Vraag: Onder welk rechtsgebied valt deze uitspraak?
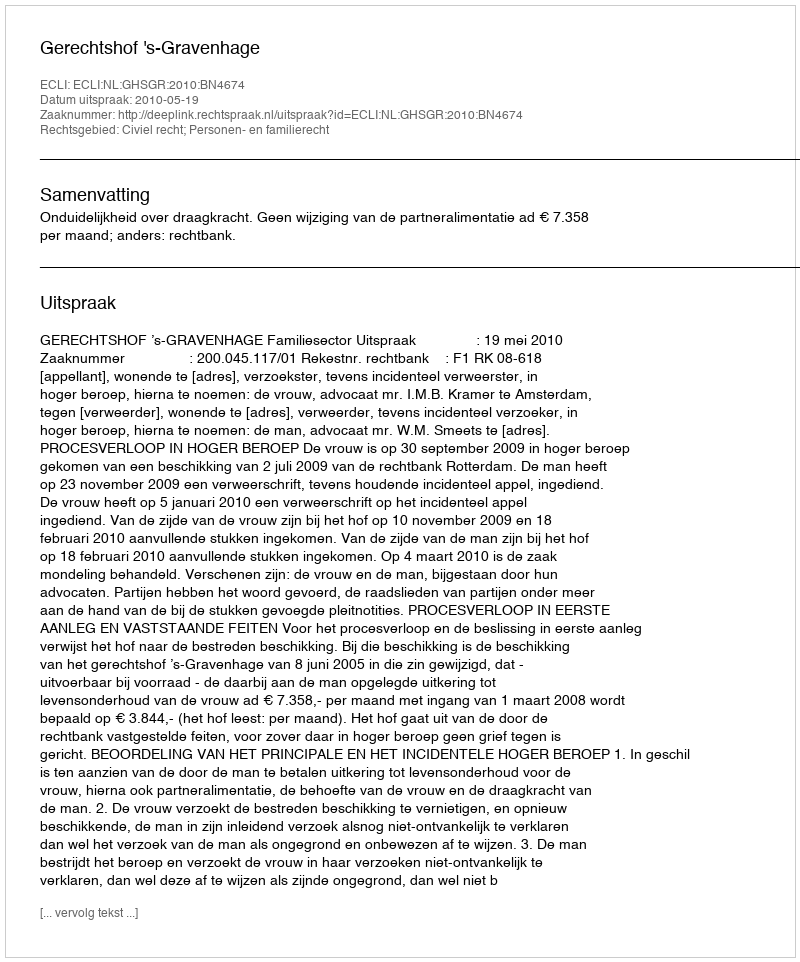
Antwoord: Civiel recht; Personen- en familierecht